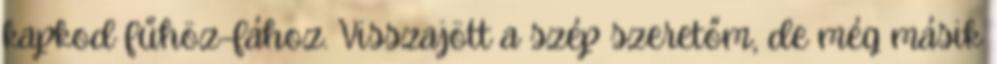
kapkod fűhöz-fához. Visszajött a szép szeretőm, de még másik